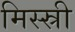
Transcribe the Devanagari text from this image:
मिस्स्री